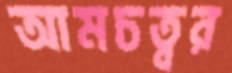
আমচত্বর